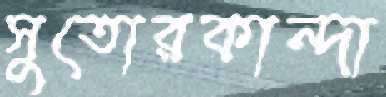
সুতোরকান্দা